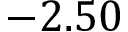
- 2 . 5 0